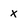
Character: x